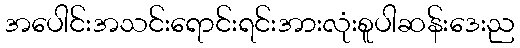
အပေါင်းအသင်းရောင်းရင်းအားလုံးစူပါဆန်းဒေးည